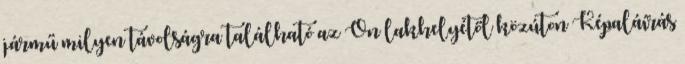
jármű milyen távolságra található az Ön lakhelyétől közúton Képaláírás